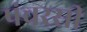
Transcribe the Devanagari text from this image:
पंचरसी